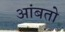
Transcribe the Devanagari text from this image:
आंबतो